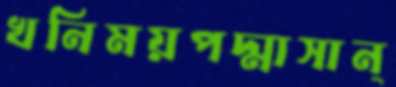
খনিময়পদ্মাসান্